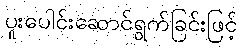
ပူးပေါင်းဆောင်ရွက်ခြင်းဖြင့်